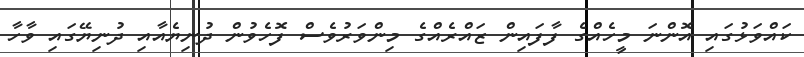
ކައްވަޅުގައި އޮންނަ މީހެއްގެ ފާފައިން ޒައްރެއްގެ މިންވަރުވެސް ފޮހެވުން ދުނިޔެއާއި ދުނިޔޭގައި ވާހާ